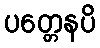
ပတ္တေနပိ